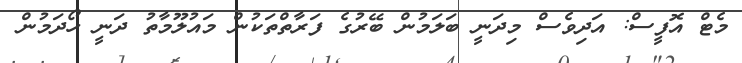
މެޓް އޮފީސް: އަދިވެސް މިދަނީ ބަލަމުން ބޭރުގެ ފަރާތްތަކުން މައުލޫމާތު ދަނީ ހޯދަމުން